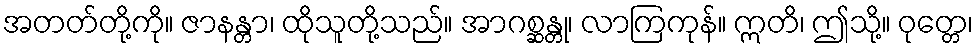
အတတ်တို့ကို။ ဇာနန္တာ၊ ထိုသူတို့သည်။ အာဂစ္ဆန္တု၊ လာကြကုန်။ ဣတိ၊ ဤသို့။ ဝုတ္တေ၊